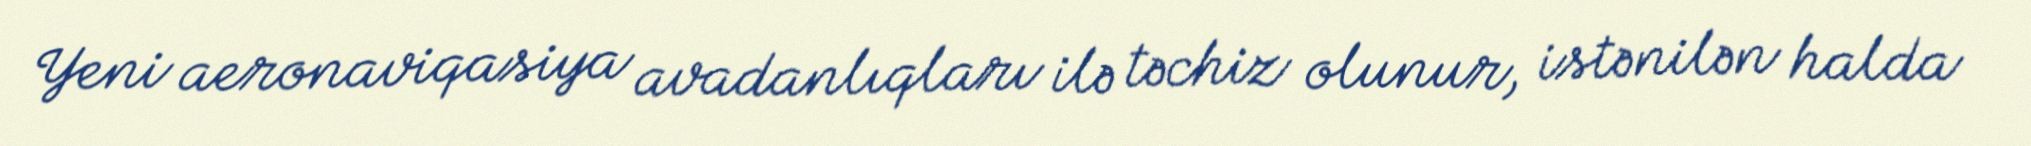
Yeni aeronaviqasiya avadanlıqları ilə təchiz olunur, istənilən halda